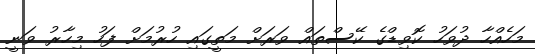
މަހެއްހާ ދުވަހު ކޮވިޑްގެ ކޭސްތައް ވަރަށް މަތީގައި ހުރުމަށް ފަހު މިހާރު ވަނީ